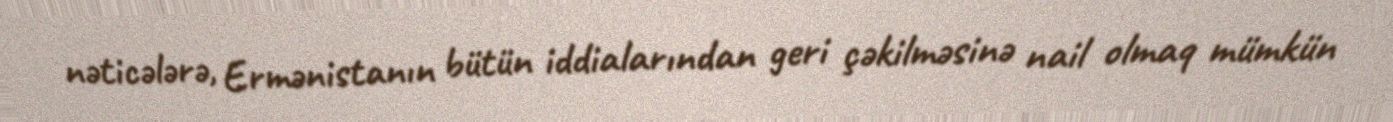
nəticələrə, Ermənistanın bütün iddialarından geri çəkilməsinə nail olmaq mümkün